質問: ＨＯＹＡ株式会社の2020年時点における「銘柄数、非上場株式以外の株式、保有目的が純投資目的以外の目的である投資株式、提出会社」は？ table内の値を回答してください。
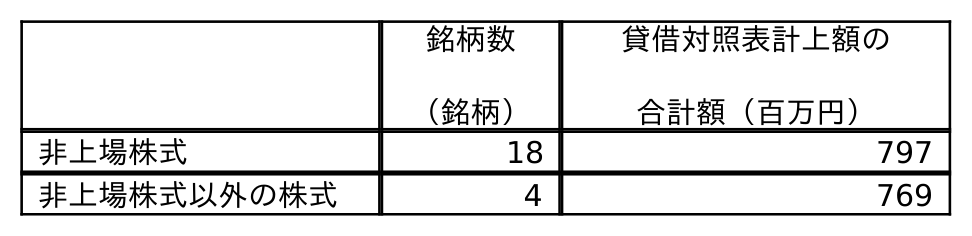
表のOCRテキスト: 銘柄数 （銘柄） 貸借対照表計上額の 合計額（百万円） 非上場株式 18 797 非上場株式以外の株式 4 769
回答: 4